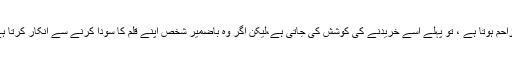
جو پڑھا لکھا شخص ان تخریبی قوتوں کے خلاف مزاحم ہوتا ہے ، تو پہلے اسے خریدنے کی کوشش کی جاتی ہے،لیکن اگر وہ باضمیر شخص اپنے قلم کا سودا کرنے سے انکار کرتا ہے تو،اس کے بعد اس پر نفسیاتی حملہ کیا جاتا ہے ۔